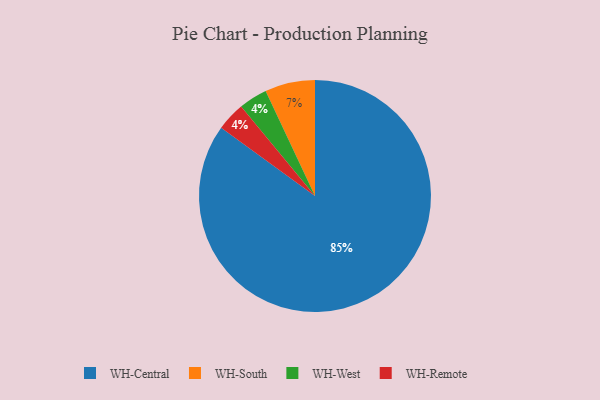
{"axis": {"x": "Category", "y": "Percentage"}, "legend": ["WH-Central", "WH-Remote", "WH-South", "WH-West"], "data": [{"x": "WH-West", "y": 4, "type": "WH-West"}, {"x": "WH-Central", "y": 85, "type": "WH-Central"}, {"x": "WH-Remote", "y": 4, "type": "WH-Remote"}, {"x": "WH-South", "y": 7, "type": "WH-South"}]}